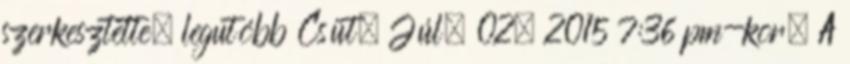
szerkesztette, legutóbb Csüt. Júl. 02, 2015 7:36 pm-kor. A